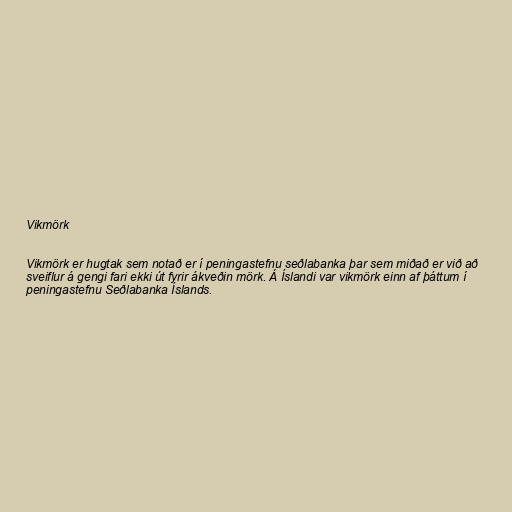
Vikmörk

Vikmörk er hugtak sem notað er í peningastefnu seðlabanka þar sem miðað er við að
sveiflur á gengi fari ekki út fyrir ákveðin mörk. Á Íslandi var vikmörk einn af þáttum í
peningastefnu Seðlabanka Íslands.